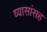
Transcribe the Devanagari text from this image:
व्यासांसह